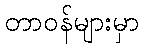
တာဝန်များမှာ